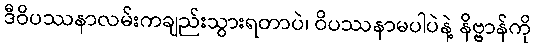
ဒီဝိပဿနာလမ်းကချည်းသွားရတာပဲ၊ ဝိပဿနာမပါပဲနဲ့ နိဗ္ဗာန်ကို